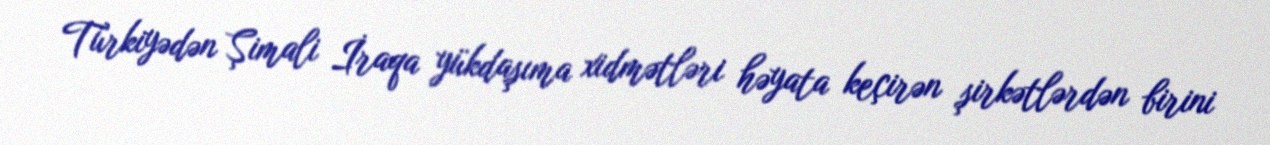
Türkiyədən Şimali İraqa yükdaşıma xidmətləri həyata keçirən şirkətlərdən birini